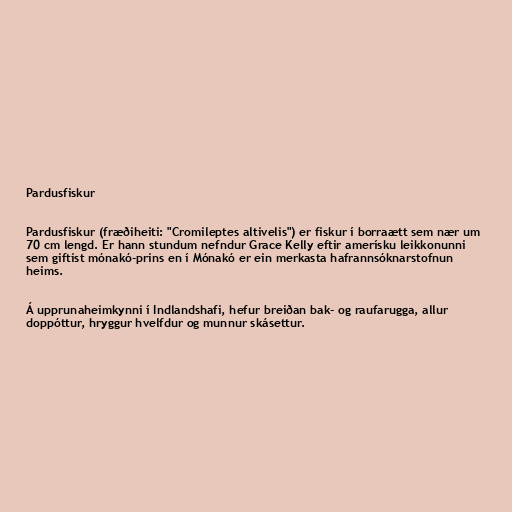
Pardusfiskur

Pardusfiskur (fræðiheiti: "Cromileptes altivelis") er fiskur í borraætt sem nær um
70 cm lengd. Er hann stundum nefndur Grace Kelly eftir amerísku leikkonunni
sem giftist mónakó-prins en í Mónakó er ein merkasta hafrannsóknarstofnun
heims.

Á upprunaheimkynni í Indlandshafi, hefur breiðan bak- og raufarugga, allur
doppóttur, hryggur hvelfdur og munnur skásettur.